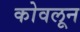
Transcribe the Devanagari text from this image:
कोवलून